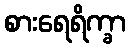
စားရေရိက္ခာ